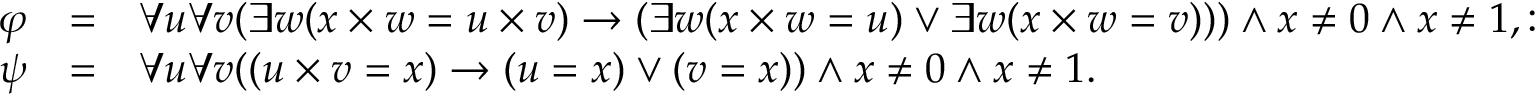
{ \begin{array} { l c l } { \varphi } & { = } & { \forall u \forall v ( \exists w ( x \times w = u \times v ) \rightarrow ( \exists w ( x \times w = u ) \lor \exists w ( x \times w = v ) ) ) \land x \neq 0 \land x \neq 1 , : } \\ { \psi } & { = } & { \forall u \forall v ( ( u \times v = x ) \rightarrow ( u = x ) \lor ( v = x ) ) \land x \neq 0 \land x \neq 1 . } \end{array} }